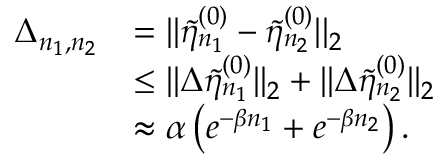
\begin{array} { r l } { \Delta _ { n _ { 1 } , n _ { 2 } } } & { = | | \tilde { \eta } _ { n _ { 1 } } ^ { ( 0 ) } - \tilde { \eta } _ { n _ { 2 } } ^ { ( 0 ) } | | _ { 2 } } \\ & { \leq | | \Delta \tilde { \eta } _ { n _ { 1 } } ^ { ( 0 ) } | | _ { 2 } + | | \Delta \tilde { \eta } _ { n _ { 2 } } ^ { ( 0 ) } | | _ { 2 } } \\ & { \approx \alpha \left( e ^ { - \beta n _ { 1 } } + e ^ { - \beta n _ { 2 } } \right) . } \end{array}